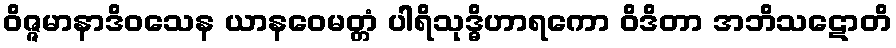
ဝိဇ္ဇမာနာဒိဝသေန ယာနဝေမတ္တံ ပါရိသုဒ္ဓိဟာရကော ဝိဒိတာ အဘိသဋောတိ